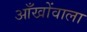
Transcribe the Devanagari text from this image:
आँखोंवाला